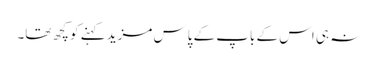
نہ ہی اس کے باپ کے پاس مزید کہنے کو کچھ تھا۔